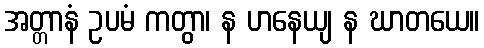
အတ္တာနံ ဥပမံ ကတွာ၊ န ဟနေယျ န ဃာတယေ။